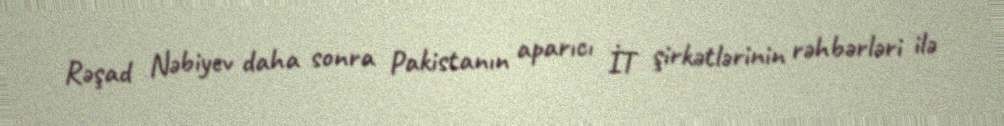
Rəşad Nəbiyev daha sonra Pakistanın aparıcı İT şirkətlərinin rəhbərləri ilə